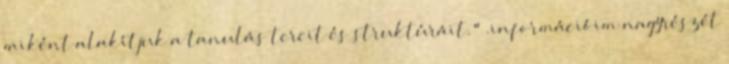
miként alakítjuk a tanulás tereit és struktúráit." .információim nagyrészét